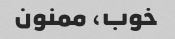
خوب، ممنون